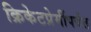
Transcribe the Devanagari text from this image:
क्रिकेटप्रेमींपर्यंत